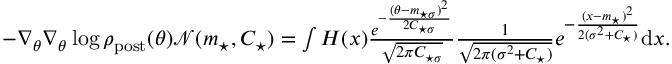
\begin{array} { r l } & { - \nabla _ { \theta } \nabla _ { \theta } \log \rho _ { \mathrm { p o s t } } ( \theta ) \mathcal { N } ( m _ { \star } , C _ { \star } ) = \int H ( x ) \frac { e ^ { - \frac { ( \theta - m _ { \star \sigma } ) ^ { 2 } } { 2 C _ { \star \sigma } } } } { \sqrt { 2 \pi C _ { \star \sigma } } } \frac { 1 } { \sqrt { 2 \pi ( \sigma ^ { 2 } + C _ { \star } ) } } e ^ { - \frac { ( x - m _ { \star } ) ^ { 2 } } { 2 ( \sigma ^ { 2 } + C _ { \star } ) } } \mathrm { d } x . } \end{array}